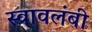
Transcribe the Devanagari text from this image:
स्‍वावलंबी